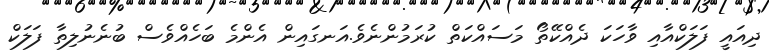
ދިއައީ ފަލަކްއާއި ވާހަކަ ދެއްކޭތޯ މަސައްކަތް ކުރަމުންނެވެ.އަނގައިން އެންމެ ބަހެއްވެސް ބުނެނުލިތާ ފަލަކް